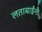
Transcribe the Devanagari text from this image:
लताबाईंनी